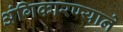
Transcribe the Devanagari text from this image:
अंगिकारण्याने